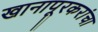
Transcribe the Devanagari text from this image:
खानापूरकरांचा